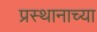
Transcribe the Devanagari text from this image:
प्रस्थानाच्या